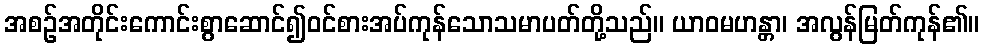
အစဉ်အတိုင်းကောင်းစွာဆောင်၍ဝင်စားအပ်ကုန်သောသမာပတ်တို့သည်။ ယာဝမဟန္တာ၊ အလွန်မြတ်ကုန်၏။